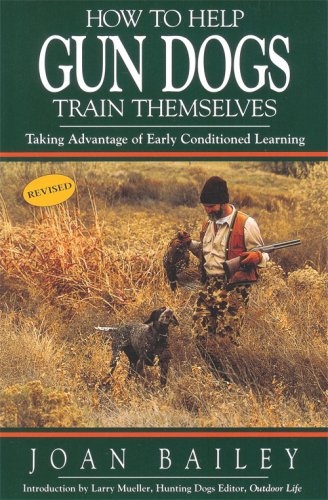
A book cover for How to Help Gun Dogs Train Themselves, Taking Advantage of Early Condtioned Learning; Joan Bailey; Sports & Outdoors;